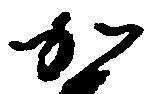
か